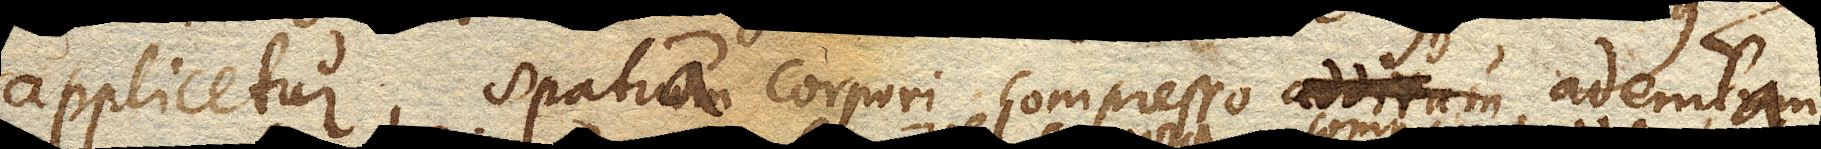
applicetur, spatia corpori compresso ademta